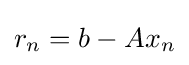
r_{n}=b-Ax_{n}